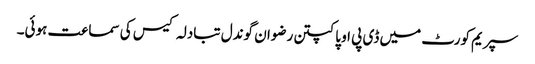
سپریم کورٹ میں ڈی پی او پاکپتن رضوان گوندل تبادلہ کیس کی سماعت ہوئی۔